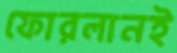
ফোরলানই